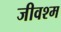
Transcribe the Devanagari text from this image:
जीवश्म